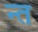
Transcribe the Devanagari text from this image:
न्त